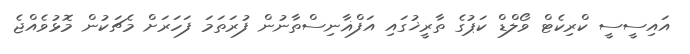
އައިސީސީ ކްރިކެޓް ވޯލްޑް ކަޕުގެ ތާރީޚުގައި އަފްޣާނިސްތާނުން ފުރަތަމަ ފަހަރަށް މެޗަކުން މޮޅުވެއްޖެ